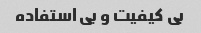
بی کیفیت‌ و بی استفاده